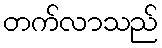
တက်လာသည်